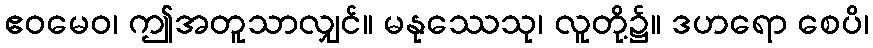
ဧဝမေဝ၊ ဤအတူသာလျှင်။ မနုဿေသု၊ လူတို့၌။ ဒဟရော စေပိ၊